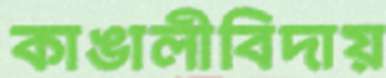
কাঙালীবিদায়